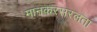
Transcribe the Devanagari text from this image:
मानकरसरलता